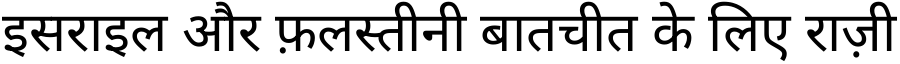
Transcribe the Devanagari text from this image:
इसराइल और फ़लस्तीनी बातचीत के लिए राज़ी